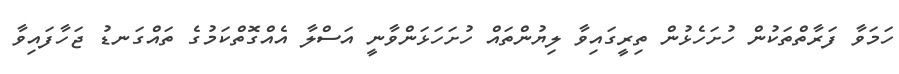
ހަމަވާ ފަރާތްތަކުން ހުށަހެޅުން ތިރީގައިވާ ލިޔުންތައް ހުށަހަޅަންވާނީ އަސްލާ އެއްގޮތްކަމުގެ ތައްގަނޑު ޖަހާފައިވާ